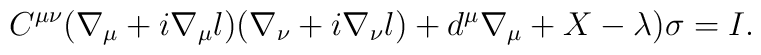
C^{\mu\nu}(\nabla_{\mu} +i\nabla_{\mu}l)(\nabla_{\nu} + i\nabla_{\nu}l) + d^{\mu}\nabla_{\mu} +X - \lambda)\sigma = I.